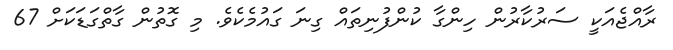
ރާއްޖެއަކީ ސަރުކާރުން ހިންގާ ކުންފުނިތައް ގިނަ ގައުމެކެވެ. މި ގޮތުން ގާތްގަޑަކަށް 67